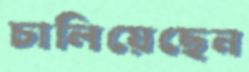
চালিয়েছেন